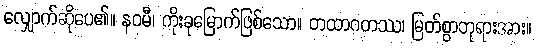
လျှောက်ဆိုပေ၏။ နဝမီ၊ ကိုးခုမြောက်ဖြစ်သော။ တထာဂတဿ၊ မြတ်စွာဘုရားအား။